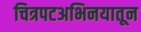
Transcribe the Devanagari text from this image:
चित्रपटअभिनयातून